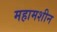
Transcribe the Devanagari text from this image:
महामशीन